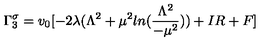
\Gamma _ { 3 } ^ { \sigma } = v _ { 0 } [ - 2 \lambda ( \Lambda ^ { 2 } + \mu ^ { 2 } l n ( \frac { \Lambda ^ { 2 } } { - \mu ^ { 2 } } ) ) + I R + F ]